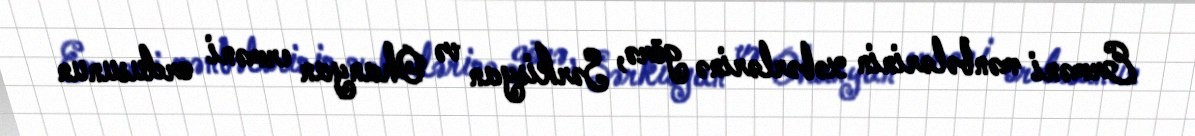
Erməni mənbələrinin xəbərlərinə görə, Sərkisyan və Ohanyan erməni ordusunun